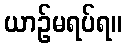
ယာဉ်မရပ်ရ။